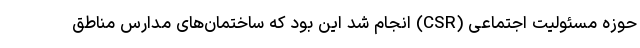
حوزه مسئولیت اجتماعی (CSR) انجام شد این بود که ساختمان‌های مدارس مناطق